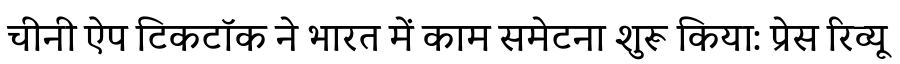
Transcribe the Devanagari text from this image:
चीनी ऐप टिकटॉक ने भारत में काम समेटना शुरू किया: प्रेस रिव्यू